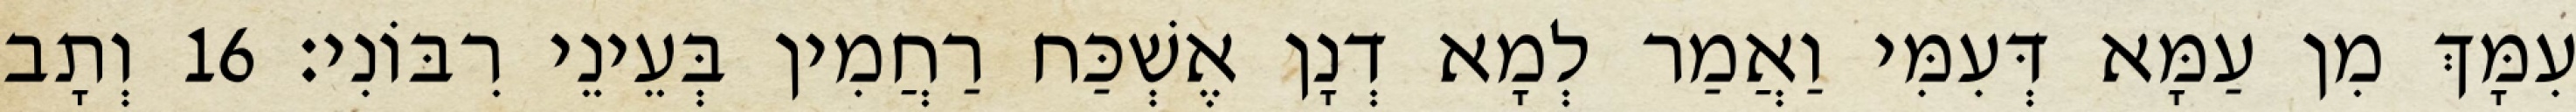
עִמָּךְ מִן עַמָּא דְּעִמִּי וַאֲמַר לְמָא דְנָן אֶשְׁכַּח רַחֲמִין בְּעֵינֵי רִבּוֹנִי׃ 16 וְתָב